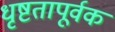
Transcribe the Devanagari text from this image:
धृष्टतापूर्वक